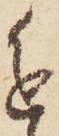
進